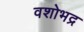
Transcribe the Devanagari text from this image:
वशोभद्र